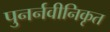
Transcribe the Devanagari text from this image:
पुनर्नवीनिकृत